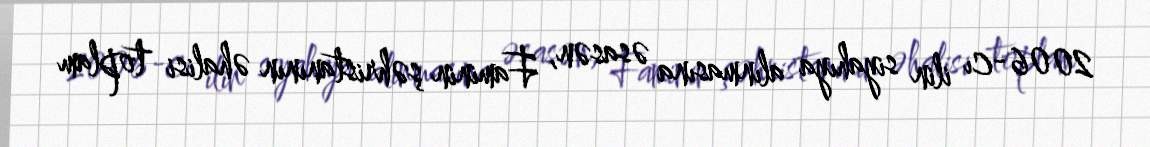
2006-cı ilin siyahıya alınmasına əsasən, Faminin şəhristanının əhalisi toplam